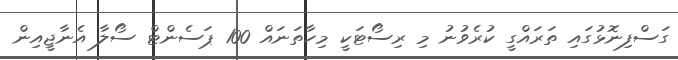
ގަސްފިނޮޅުގައި ތަރައްގީ ކުރެވުނު މި ރިސޯޓަކީ މިހާތަނައް 100 ޕަސެންޓް ސޯލާ އެނާޖީއިން